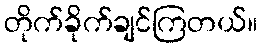
တိုက်ခိုက်ချင်ကြတယ်။